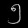
Digit: ၅